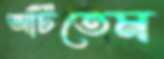
আঁটতেম